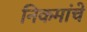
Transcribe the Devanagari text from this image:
निकमांचे